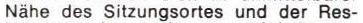
Nähe des Sitzungsortes und der Res-